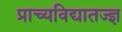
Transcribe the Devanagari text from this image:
प्राच्यविद्यातज्ज्ञ